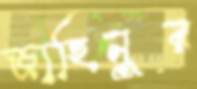
জাহিনুর